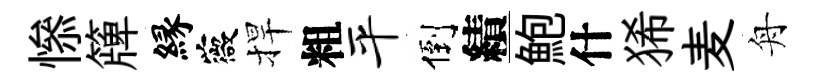
𢡖簰縁薇捍粗平倒績鮑什狶麦舟